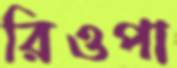
রিওপা